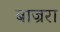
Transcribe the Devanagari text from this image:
बाज्ररा